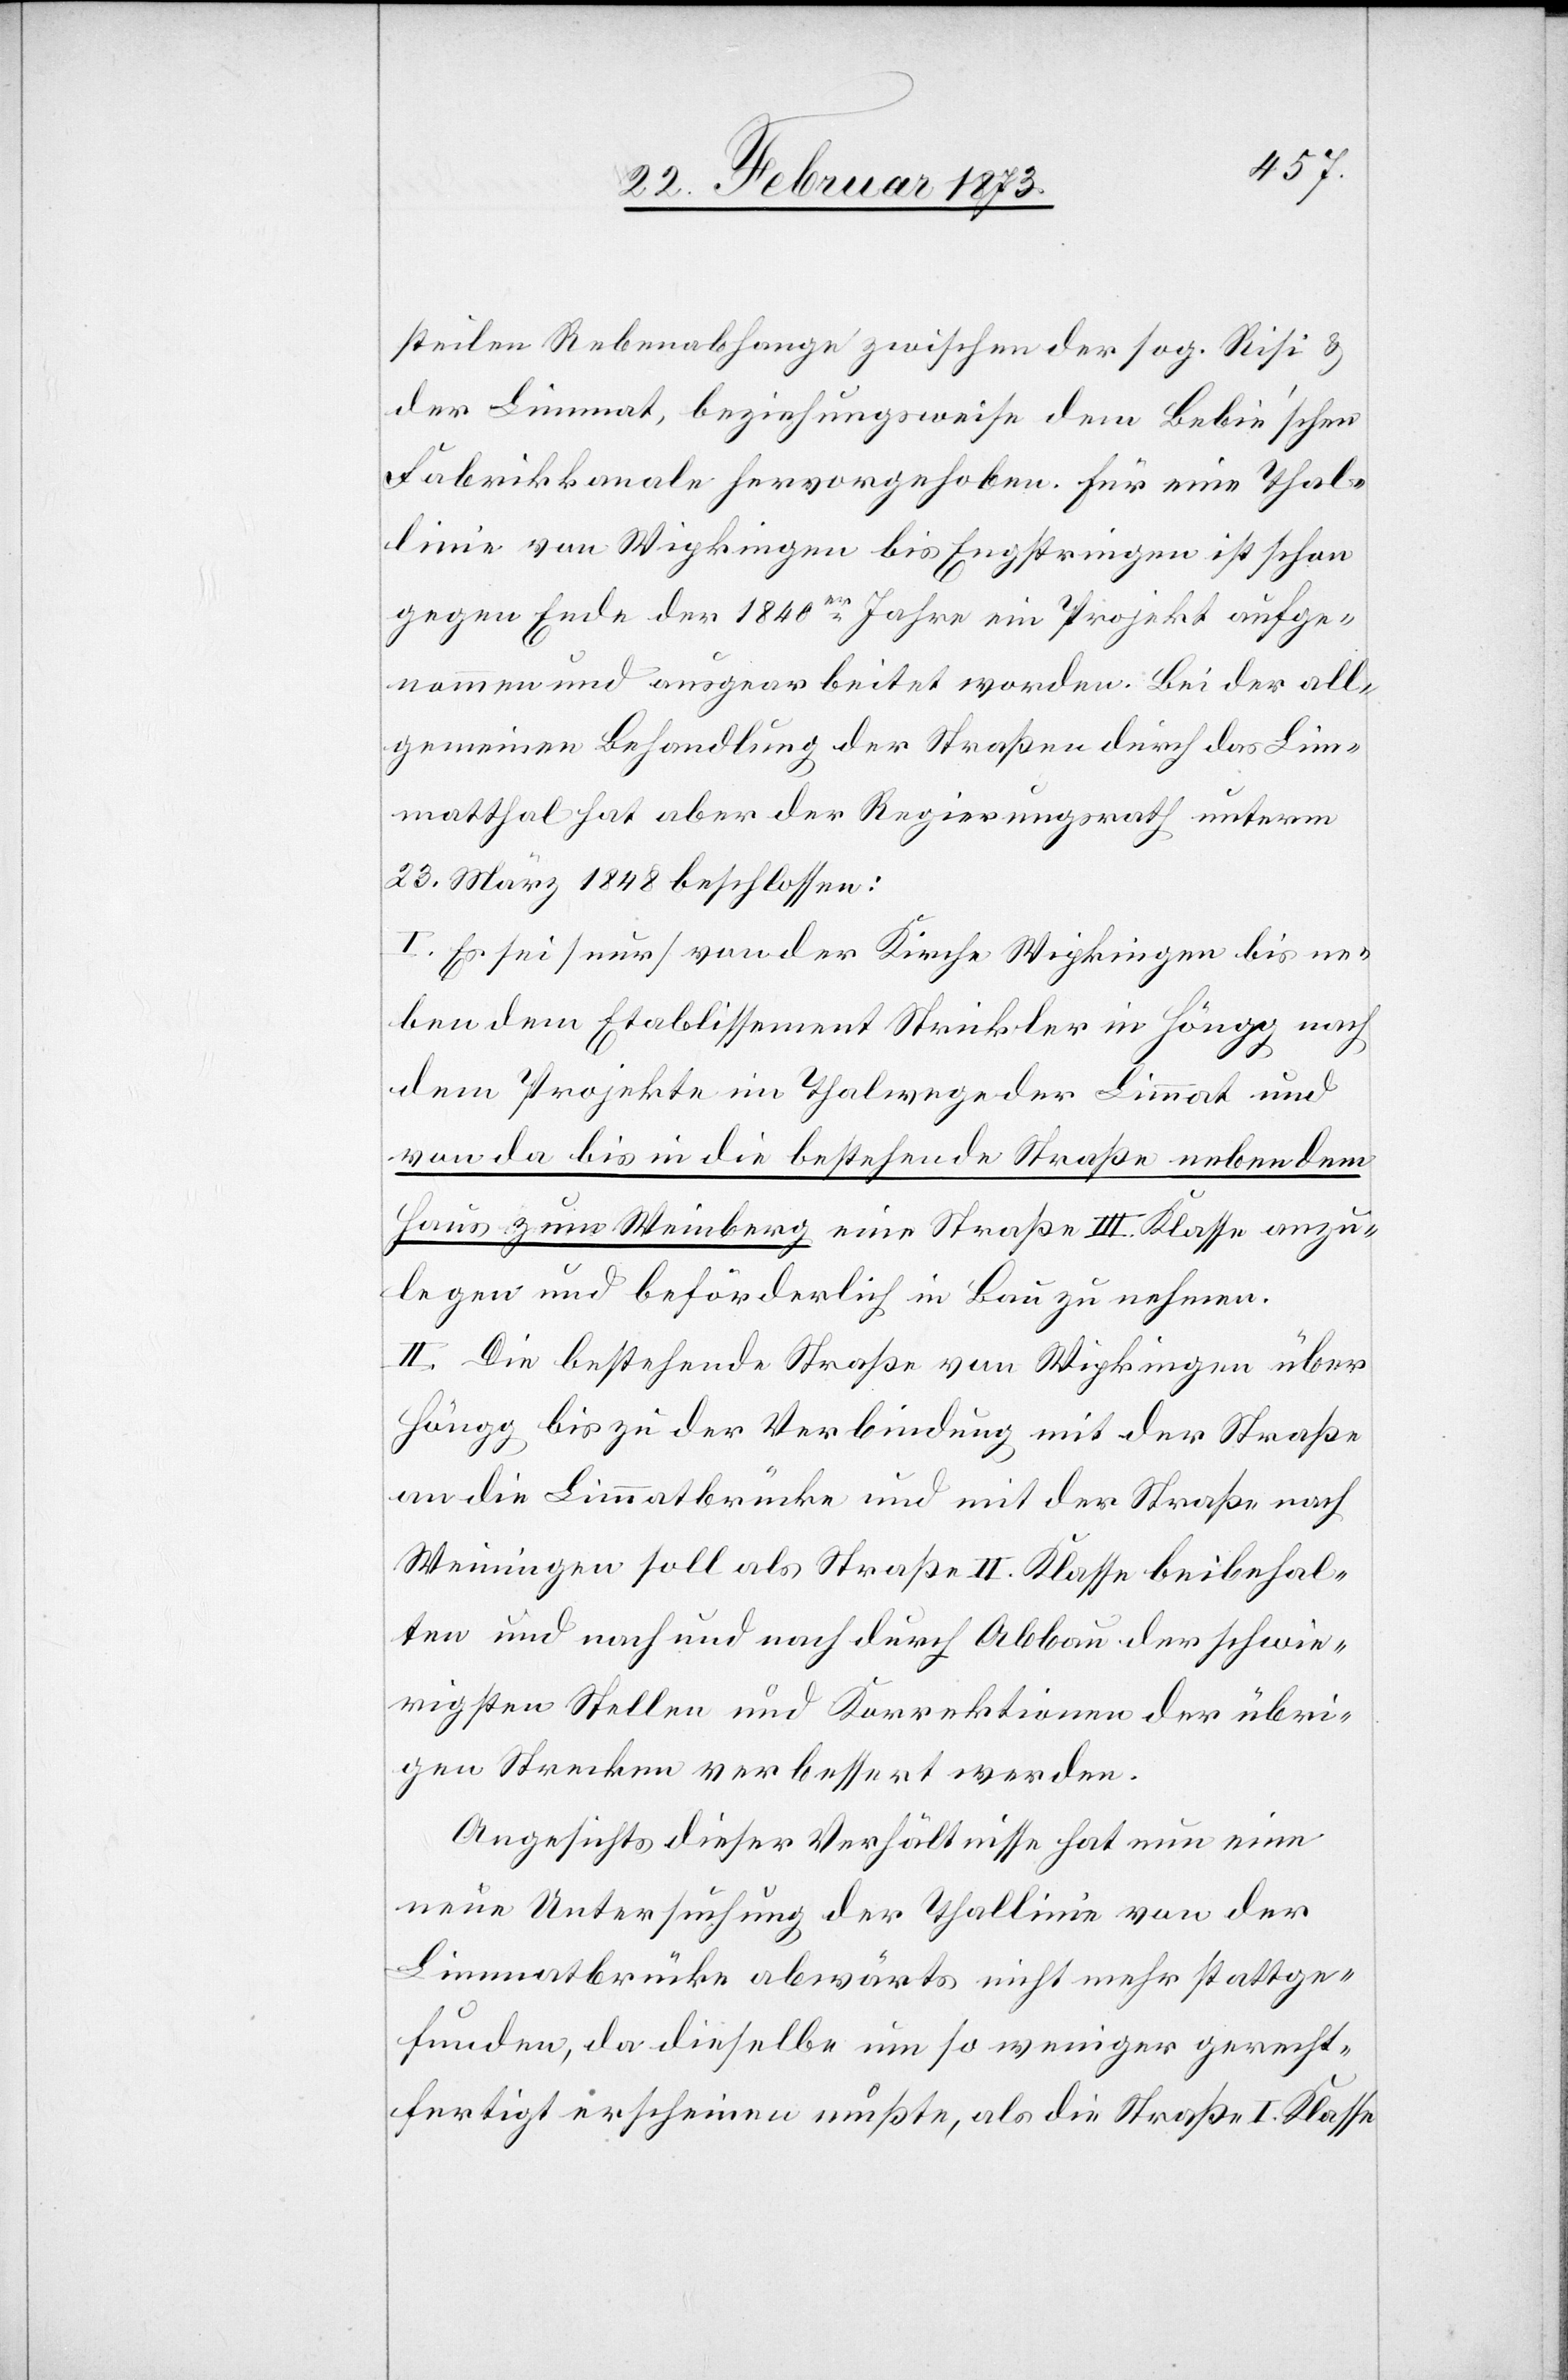
steilen Rebenabhange zwischen der sog. Risi u.
der Limmat, beziehungsweise dem Bebie’schen
Fabrikkanale hervorgehoben. Für eine Thal¬
linie von Wipkingen bis Engstringen ist schon
gegen Ende der 1840er Jahre ein Projekt aufge¬
nommen und ausgearbeitet worden. Bei der all¬
gemeinen Behandlung der Straßen durch das Lim¬
matthal hat aber der Regierungsrath unterm
23. März 1848 beschlossen:
I. Es sei (nur) von der Kirche Wipkingen bis ne¬
ben dem Etablissement Strickler in Höngg nach
dem Projekte im Thalwege der Limmat und
von da bis in die bestehende Straße neben dem
Haus zum Weinberg eine Straße III. Klasse anzu¬
legen und beförderlich in Bau zu nehmen.
II. die bestehende Straße von Wipkingen über
Höngg bis zu der Verbindung mit der Straße
an die Limmatbrücke und mit der Straße nach
Weiningen soll als Straße II. Klasse beibehal¬
ten und nach und nach durch Abbau der schwie¬
rigsten Stellen und Korrektionen der übri¬
gen Strecken verbessert werden.
Angesichts dieser Verhältnisse hat nun eine
neue Untersuchung der Thallinie von der
Limmatbrücke abwärts nicht mehr stattge¬
funden, da dieselbe um so weniger gerecht¬
fertigt erscheinen mußte, als die Straße I. Klasse